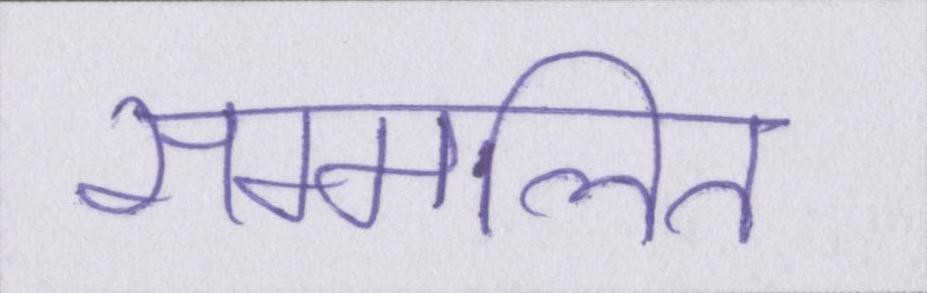
सम्मलित